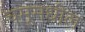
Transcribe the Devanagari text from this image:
चमूमधील